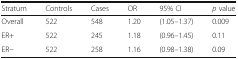
<table><thead><tr><td><b>Stratum</b></td><td><b>Controls</b></td><td><b>Cases</b></td><td><b>OR</b></td><td><b>95% CI</b></td><td><b><i>p</i> value</b></td></tr></thead><tbody><tr><td>Overall</td><td>522</td><td>548</td><td>1.20</td><td>(1.05–1.37)</td><td>0.009</td></tr><tr><td>ER+</td><td>522</td><td>245</td><td>1.18</td><td>(0.96–1.45)</td><td>0.11</td></tr><tr><td>ER−</td><td>522</td><td>258</td><td>1.16</td><td>(0.98–1.38)</td><td>0.09</td></tr></tbody></table>